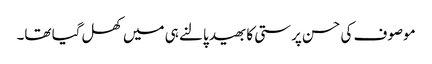
موصوف کی حسن پرستی کا بھید پالنے ہی میں کھل گیا تھا۔